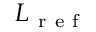
L _ { \mathrm { ~ r ~ e ~ f ~ } }